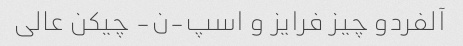
آلفردو چیز فرایز و اسپ-ن- چیکن عالی